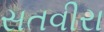
સતવીરા